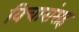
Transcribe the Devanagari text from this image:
विचारांसह